Report of the Municipal Commissioner on the plague in Bombay for the year ending 31st May... - Volume 1
Disease focus: Plague
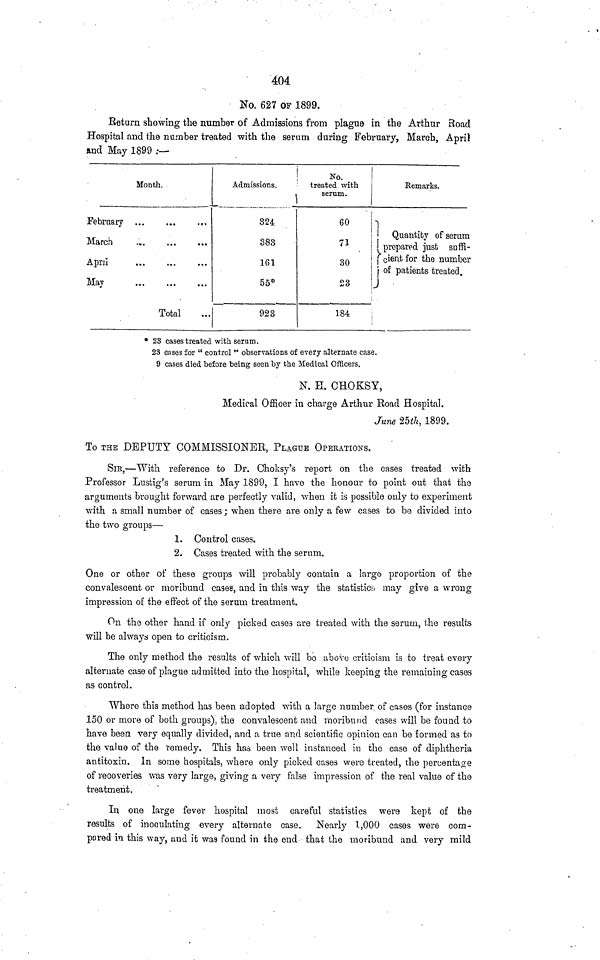
404
No, 627 OF 1899.
Return showing the number of Admissions from plague in the Arthur Boad
Hospital and the number treated -with the serum during February, March, April
and May 1899 :—
Month.
February
,
March
...
April
May
Total
Admissions.
1
324
383
161
55*
923
No.
treated with
serum.
60
71
30
oo
ÍIÓ
184
Eemarks.
Quantity
of serum
prepared just snffi-
cientfor the number
of patients treated.
* 23 cases treated with serum.
23 cases for " control " observations of every alternate case.
9 cases died before being seen by the Medical Officers.
Ν. Π. OHOKSY,
Medical Officer in charge Arthur Road Hospital.
June 25i/i, 1899.
To THE DEPUTY COMMISSIONER, PLAGUE OPEKATIOSS.
SIR,—With reference to Dr. Choksy's report on the cases treated with
Professor Lustig's serum in May 1899, I have the honour to point out that the
arguments brought forward are perfectly valid, when it is possible only to experiment
with a small number of cases; when there are only a few cases to be divided into
the two groups—
1. Control cases.
2. Cases treated with the serum,
One or other of these groups will probably contain a large proportion of the
convalescent or moribund cases, and in this way the statistic.··, may give a wrong
impression of the effect of the serum treatment.
On the other hand if only picked cases are treated with the serum, the results
will be always open to criticism.
The only method the results of which will bb above criticism is to treat every
alternate case of plague admitted into the hospital, while keeping the remaining cases
as control.
Where this method has been adopted with a ]arge number of cases (for instance
150 or more of both groups), the convalescent and moribund cases will be found to
have been very equally divided, and a true and scientific opinion can be formed as to
the value of the remedy. This has been well instanced in the case of diphtheria
antitoxin. In some hospitals, where only picked cases were treated, the percentage
of recoveries was very large, giving a very false impression of the real value of the
treatment.
In one large fever hospital most careful statistics were kept of the
results of inoculating every alternate case. Nearly 1,000 cases were com-
pared in this way, and it was found in the end that the moribund and very mild